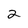
Character: 2